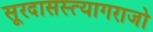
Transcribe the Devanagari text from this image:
सूरदासस्त्यागराजो